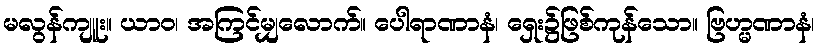
မလွန်ကျူး။ ယာဝ၊ အကြင်မျှလောက်။ ပေါရာဏာနံ၊ ရှေး၌ဖြစ်ကုန်သော။ ဗြဟ္မဏာနံ၊